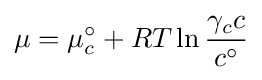
\mu =\mu _{c}^{\circ }+RT\ln {\frac {\gamma _{c}c}{c^{\circ }}}